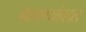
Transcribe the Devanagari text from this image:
मागण्यांबद्दल